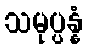
သမုပ္ပန္နံ